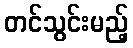
တင်သွင်းမည့်